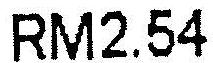
RM2.54